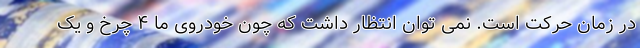
در زمان حرکت است. نمی توان انتظار داشت که چون خودروی ما ۴ چرخ و یک